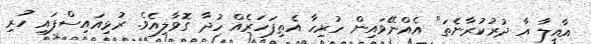
އާއިލާ އާ ދުރުކުރާނެތަ" އެއްނޭވައިން ހުރިހާ އެތިފަހަރެއް ހުދާ ގޮވާލިއެވެ. ރުޅިއައިސްފައި ހުރި